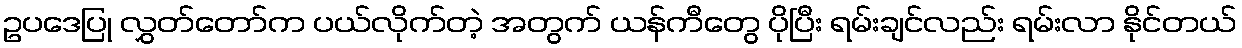
ဥပဒေပြု လွှတ်တော်က ပယ်လိုက်တဲ့ အတွက် ယန်ကီတွေ ပိုပြီး ရမ်းချင်လည်း ရမ်းလာ နိုင်တယ်